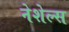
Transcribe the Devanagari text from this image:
नेशेल्स